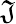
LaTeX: \mathfrak{J}